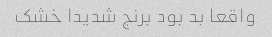
واقعا بد بود برنج شدیدا خشک